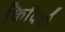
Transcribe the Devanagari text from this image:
किदिची